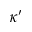
\kappa ^ { \prime }